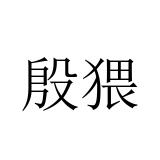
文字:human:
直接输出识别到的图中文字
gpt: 殷猥